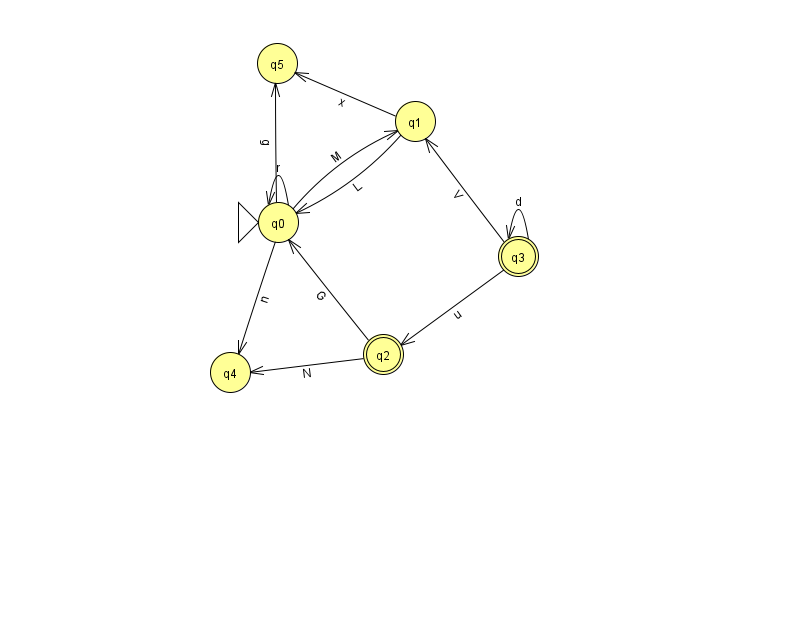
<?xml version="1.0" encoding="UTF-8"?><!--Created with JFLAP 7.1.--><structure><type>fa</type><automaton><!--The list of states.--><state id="0" name="q0"><x>278.0</x><y>209.0</y><initial/></state><state id="1" name="q1"><x>415.0</x><y>108.0</y></state><state id="2" name="q2"><x>383.0</x><y>341.0</y><final/></state><state id="3" name="q3"><x>518.0</x><y>243.0</y><final/></state><state id="4" name="q4"><x>230.0</x><y>359.0</y></state><state id="5" name="q5"><x>277.0</x><y>50.0</y></state><!--The list of transitions.--><transition><from>0</from><to>0</to><read>r</read></transition><transition><from>2</from><to>4</to><read>N</read></transition><transition><from>0</from><to>1</to><read>M</read></transition><transition><from>3</from><to>3</to><read>d</read></transition><transition><from>1</from><to>0</to><read>L</read></transition><transition><from>0</from><to>5</to><read>g</read></transition><transition><from>0</from><to>4</to><read>n</read></transition><transition><from>3</from><to>1</to><read>V</read></transition><transition><from>3</from><to>2</to><read>u</read></transition><transition><from>2</from><to>0</to><read>G</read></transition><transition><from>1</from><to>5</to><read>x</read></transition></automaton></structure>